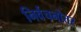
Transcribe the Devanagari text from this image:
निर्वचनोत्तर